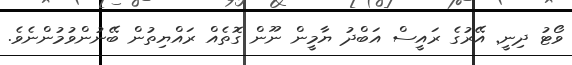
ވޯޓު ދިނީ